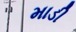
માડી